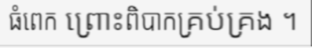
ធំពេក ព្រោះពិបាកគ្រប់គ្រង ។